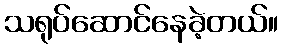
သရုပ်ဆောင်နေခဲ့တယ်။